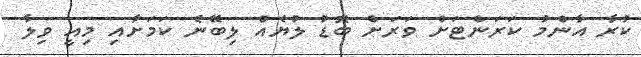
ކުރާ އާންމު ކަރަންޓަށް ވަރަށް ބޮޑު ލުޔެއް ލިބޭނެ ކަމަށާއި މިއީ ވިލާ